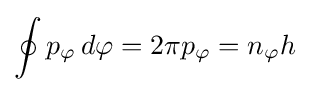
\oint p_{\mathrm {\varphi } }\,d\varphi =2\pi p_{\mathrm {\varphi } }=n_{\mathrm {\varphi } }h